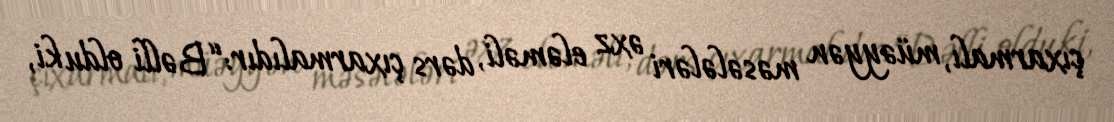
çıxarmalı, müəyyən məsələləri əxz eləməli, dərs çıxarmalıdır: “Bəlli oldu ki,